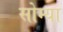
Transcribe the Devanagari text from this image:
सोम्या